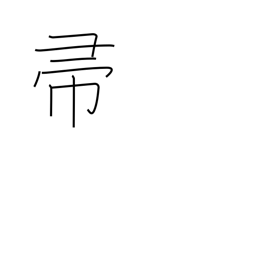
Meaning: broom